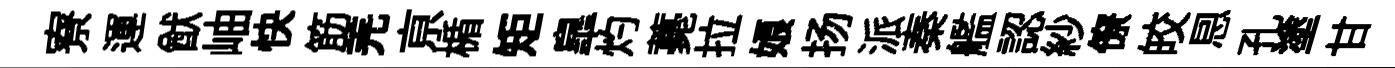
寮運猷岫快筋羌亰楯矩臯灼薧拉娘扬派秦艦認紗僚皎㤙孔塗甘